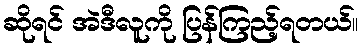
ဆိုရင် အဲဒီလူကို ပြန်ကြည့်ရတယ်။